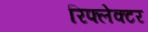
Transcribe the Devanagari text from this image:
रिफ्लेक्‍टर